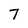
Character: 7